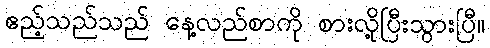
ဧည့်သည်သည် နေ့လည်စာကို စားလို့ပြီးသွားပြီ။